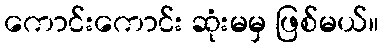
ကောင်းကောင်း ဆုံးမမှ ဖြစ်မယ်။